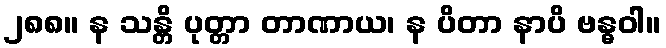
၂၈၈။ န သန္တိ ပုတ္တာ တာဏာယ၊ န ပိတာ နာပိ ဗန္ဓဝါ။